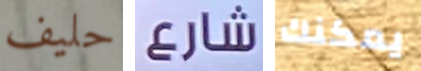
حليف شارع يمكنك